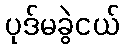
ပုဒ်မခွဲငယ်